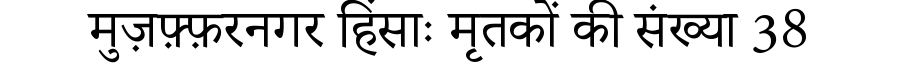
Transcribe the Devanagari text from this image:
मुज़फ़्फ़रनगर हिंसाः मृतकों की संख्या 38